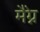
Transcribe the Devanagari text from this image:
मैग्ने